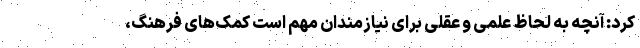
کرد: آنچه به لحاظ علمی و عقلی برای نیازمندان مهم است کمک‌های فرهنگ،